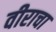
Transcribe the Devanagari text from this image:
वीराचा